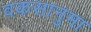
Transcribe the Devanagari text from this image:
वकसानुमा